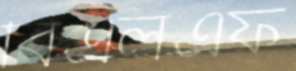
বিএলএফ